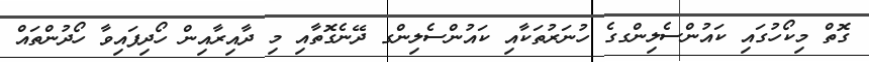
ގޮތް މިކޯހުގައި ކައުންސެލިންގގެ ހުނަރުތަކާއި ކައުންސެލިންގ ދޭނެގޮތާއި މި ދާއިރާއިން ހޯދިފައިވާ ހޯދުންތައް